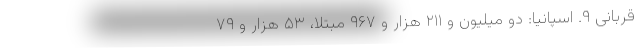
قربانی ۹. اسپانیا: دو میلیون و ۲۱۱ هزار و ۹۶۷ مبتلا، ۵۳ هزار و ۷۹